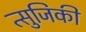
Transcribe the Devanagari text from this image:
त्सुजिकी